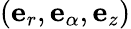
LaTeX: \left(\mathbf{e}_{r},\mathbf{e}_{\alpha},\mathbf{e}_{z}\right)